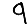
Digit: 9